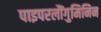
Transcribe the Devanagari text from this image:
पाइपरलौंगुमिनिन